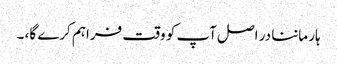
ہار ماننا در اصل آپ کو وقت فراہم کرے گا، ۔